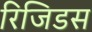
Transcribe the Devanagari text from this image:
रिजिडस